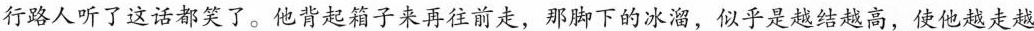
行路人听了这话都笑了。他背起箱子来再往前走，那脚下的冰溜，似乎是越结越高，使他越走越